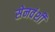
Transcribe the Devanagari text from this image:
सेनवंशी